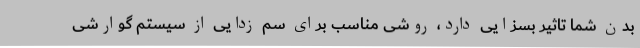
بدن شما تاثیر بسزایی دارد، روشی مناسب برای سم زدایی از سیستم گوارشی